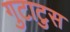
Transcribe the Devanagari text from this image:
गुटाटुस